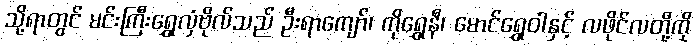
သို့ရာတွင် မင်းကြီးရွှေလှံဗိုလ်သည် ဦးရာကျော်၊ ကိုရွှေနီ၊ မောင်ရွှေဝါနှင့် လဖိုင်လတို့ကို